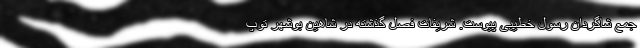
جمع شاگردان رسول خطیبی پیوست. شریفات فصل گذشته در شاهین بوشهر توپ